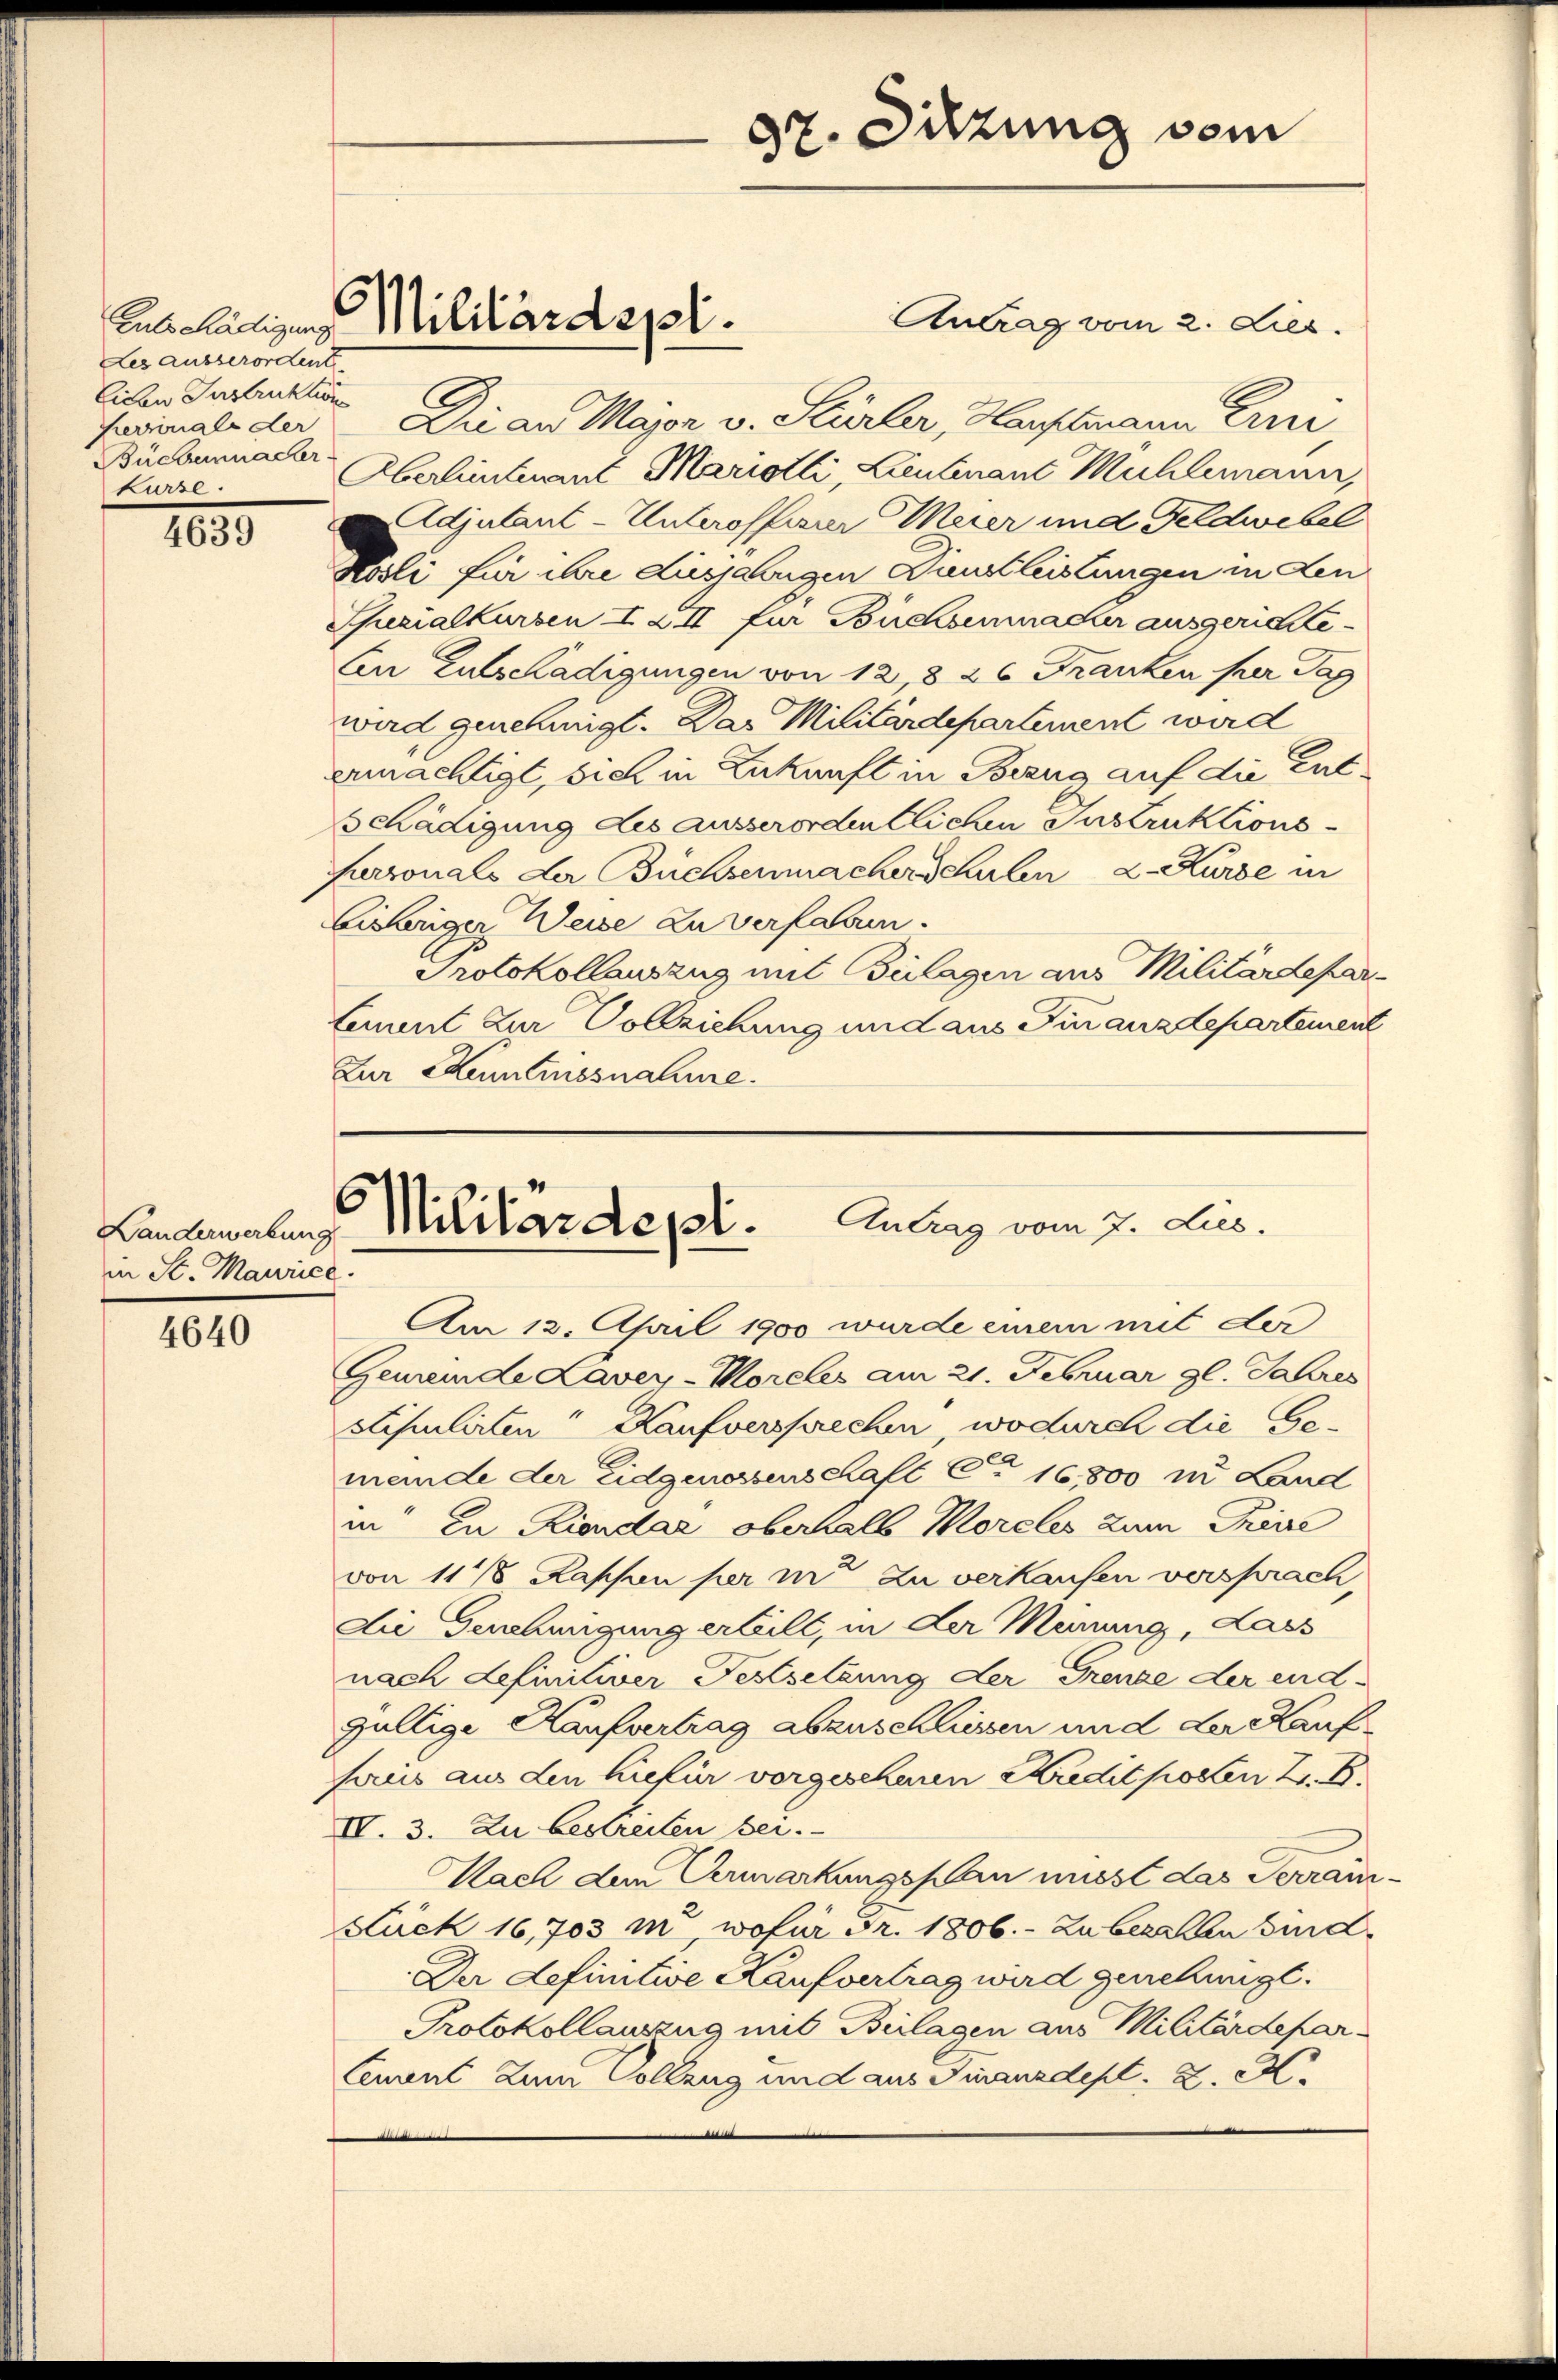
Les ausserordent
Eichen Instruktion
Perroriale der
Büchernacher
kurze

1050

Landerwerbung
in St. Maurice

4640

C

Euls Radigung Militärdept.

e

37. Sitzung vom

Die an Mayon v. Stürler, Hauptmann Eini
Oberlieutenant Marieli, Lieutenant Mühlemann,
djutant-Unterofferer Meier und Feldwebel
Rosli für ihre diesjährigen Dienstleistungen in den
Shezialkursen I & II für Büchsenmacher ausgerichte
En Entschädigungen von 12, 8 26 Franken per Tag
wird genehmigt. Das Militärdepartement wird
ermächtigt, sich in Zukunft in Bezug auf die Ent¬
Schädigung des ausserordentlichen Instruktionsfurronals der Büchsenmacherschulen 2. Kurse in
bisheriger Weise zu verfahren.
Protokollauszug mit Beilagen aus Militärdepar
Cement zur Vollziehung und aus Finanzdepartement
Zur Kaminssnahme.

Antrag vom 2. Lies.

Militärdept. Antrag vom 7. Jus.

Am 13. April 1900 wurde einem mit der
Gemeinde Lavey-Moreles am 21. Februar gl. Jahres
stipulirten Kaufversprechen, wodurch die Gemeinde der eidgenossenschaft Ca 16,800 in Land
in zu Kiendar oberhalb Morcles zum Thiere
von 1178 Rappen per in zu verkaufen versprach
Die Genehmigung erteilt, in der Meinung, Lass
nach Lefinitiver Festsetzung der Grenze der end
gültige Kaufvertrag abzuschliessen und der Kauf
sies aus den hiefür vorgeschenen Kredit posten z. B.
II. 3. Zu bestreiten bei.
Nach dem Vermarkungsplan musst das Terrain-
Luck 16,703 m, wofür Fr. 1806. Zu bezallen sind
Der definitive Kaufvertrag wird genehmigt.
Protokollauszug mit Beilagen aus Militärdepar¬
Ceuvent zum Vollzug und aus Finanzdept. d. M.